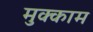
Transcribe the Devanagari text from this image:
मुक्‍काम